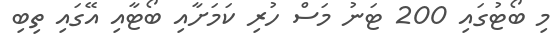
މި ބޯޓުގައި 200 ޓަނު މަސް ހުރި ކަމަށާއި ބޯޓާއި އޭގައި ތިބި